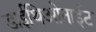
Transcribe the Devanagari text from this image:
डाईथिओनाईट